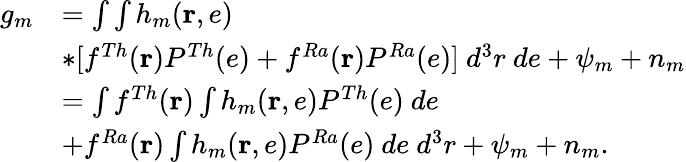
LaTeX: \begin{array}{rl}{g_{m}}&{=\int\int h_{m}(\mathbf{r},e)}\\ &{*[f^{Th}(\mathbf{r})P^{Th}(e)+f^{Ra}(\mathbf{r})P^{Ra}(e)]~d^{3}r~de+\psi_{m}+n_{m}}\\ &{=\int f^{Th}(\mathbf{r})\int h_{m}(\mathbf{r},e)P^{Th}(e)~de}\\ &{+f^{Ra}(\mathbf{r})\int h_{m}(\mathbf{r},e)P^{Ra}(e)~de~d^{3}r+\psi_{m}+n_{m}.}\end{array}